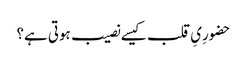
حضورِیِ قلب کیسے نصیب ہوتی ہے؟